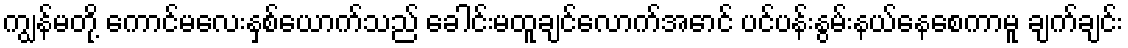
ကျွန်မတို့ ကောင်မလေးနှစ်ယောက်သည် ခေါင်းမထူချင်လောက်အောင် ပင်ပန်းနွမ်းနယ်နေစေကာမူ ချက်ချင်း